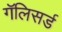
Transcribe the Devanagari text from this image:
गॅलिसर्ड